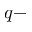
q -